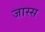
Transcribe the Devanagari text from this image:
जास्स